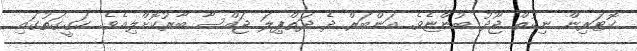
ކޮޓަރިން ނިކުތް ޖޫދު ބުންޏެވެ. އަންބަރް ދެ ދަތްޕިލަ ޖައްސާ ބާރުކޮށްލިއެވެ. ހަގީގަތުގައި